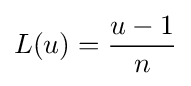
L(u)={\frac {u-1}{n}}